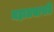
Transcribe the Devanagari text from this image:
महालसापति